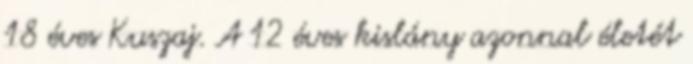
18 éves Kuszaj. A 12 éves kislány azonnal életét